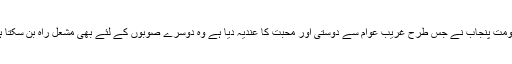
حکومت پنجاب نے جس طرح غریب عوام سے دوستی اور محبت کا عندیہ دیا ہے وہ دوسرے صوبوں کے لئے بھی مشعل راہ بن سکتا ہے۔